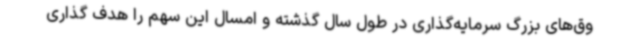
وق‌های بزرگ سرمایه‌گذاری در طول سال گذشته و امسال این سهم را هدف گذاری